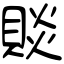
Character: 賧